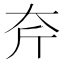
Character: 𡗲